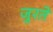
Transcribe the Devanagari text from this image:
जुरते